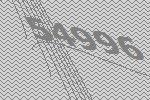
54996